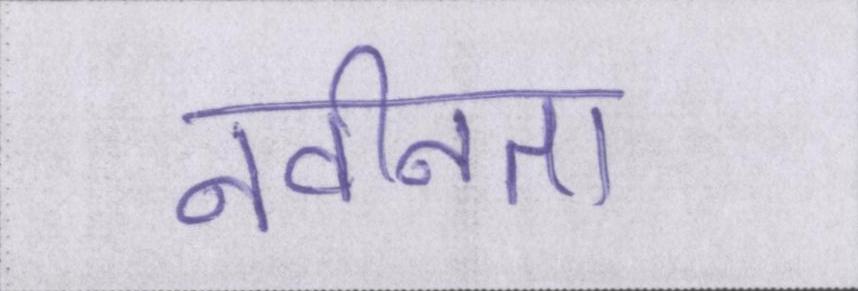
नवीनता